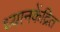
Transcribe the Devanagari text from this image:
ध्यानकेंद्रित